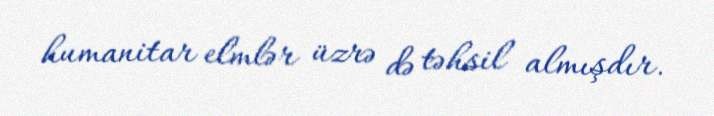
humanitar elmlər üzrə də təhsil almışdır.